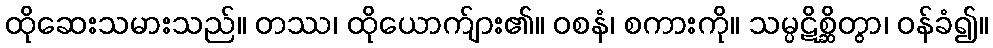
ထိုဆေးသမားသည်။ တဿ၊ ထိုယောက်ျား၏။ ဝစနံ၊ စကားကို။ သမ္ပဋိစ္ဆိတွာ၊ ဝန်ခံ၍။